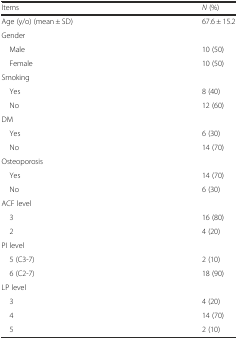
<table><thead><tr><td><b>Items</b></td><td><b><i>N</i> (%)</b></td></tr></thead><tbody><tr><td>Age (y/o) (mean ± SD)</td><td>67.6 ± 15.2</td></tr><tr><td>Gender</td><td></td></tr><tr><td> Male</td><td>10 (50)</td></tr><tr><td> Female</td><td>10 (50)</td></tr><tr><td>Smoking</td><td></td></tr><tr><td> Yes</td><td>8 (40)</td></tr><tr><td> No</td><td>12 (60)</td></tr><tr><td>DM</td><td></td></tr><tr><td> Yes</td><td>6 (30)</td></tr><tr><td> No</td><td>14 (70)</td></tr><tr><td>Osteoporosis</td><td></td></tr><tr><td> Yes</td><td>14 (70)</td></tr><tr><td> No</td><td>6 (30)</td></tr><tr><td>ACF level</td><td></td></tr><tr><td> 3</td><td>16 (80)</td></tr><tr><td> 2</td><td>4 (20)</td></tr><tr><td>PI level</td><td></td></tr><tr><td> 5 (C3-7)</td><td>2 (10)</td></tr><tr><td> 6 (C2-7)</td><td>18 (90)</td></tr><tr><td>LP level</td><td></td></tr><tr><td> 3</td><td>4 (20)</td></tr><tr><td> 4</td><td>14 (70)</td></tr><tr><td> 5</td><td>2 (10)</td></tr></tbody></table>